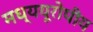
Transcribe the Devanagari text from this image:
मध्ययूरोपीय